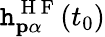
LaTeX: \mathtt{h}_{\mathbf{{p}}\alpha}^{\mathrm{{~H~F~}}}(t_{0})